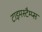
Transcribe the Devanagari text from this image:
टाइमस्टैम्प्स